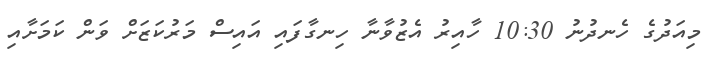
މިއަދުގެ ހެނދުނު 10:30 ހާއިރު އެޒުވާނާ ހިނގާފައި އައިސް މަރުކަޒަށް ވަން ކަމަށާއި